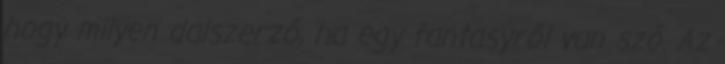
hogy milyen dalszerző, ha egy fantasyről van szó. Az